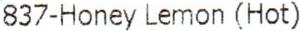
837-HONEY LEMON (HOT)